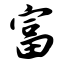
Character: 富